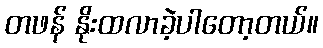
တဖန် နိုးထလာခဲ့ပါတော့တယ်။